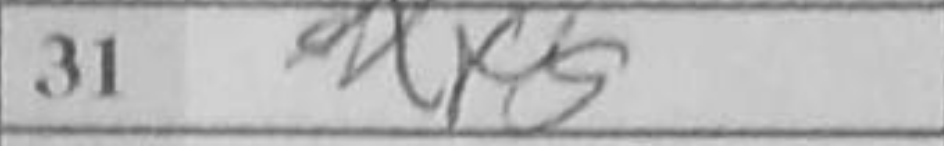
Transcription: dxf5